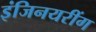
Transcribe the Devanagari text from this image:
इंजिनयरींग